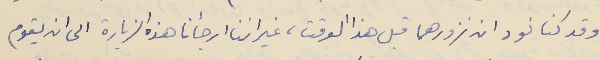
وقد كنا نود ان نزورهما قبل هذا الوقت، غير اننا ارجأنا هذه الزيارة الى ان يقوم